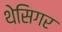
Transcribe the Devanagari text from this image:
थेसिगर